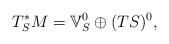
LaTeX: \begin{align*}T_{S}^{\ast}M=\mathbb{V}_{S}^{0}\oplus(TS)^{0},\end{align*}